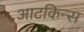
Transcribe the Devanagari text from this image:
आटकिन्स